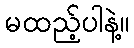
မထည့်ပါနဲ့။